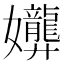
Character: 𫲟